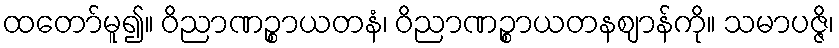
ထတော်မူ၍။ ဝိညာဏဉ္စာယတနံ၊ ဝိညာဏဉ္စာယတနဈာန်ကို။ သမာပဇ္ဇိ၊